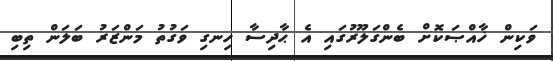
ވަކިން ޚާއްޞަކޮށް ބެންގަލޫރުގައި އެ ޙާދިސާ ހިނގި ވަގުތު މަންޒަރު ބަލަން ތިބި